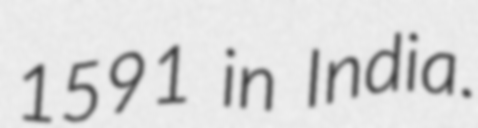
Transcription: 1591 in India.